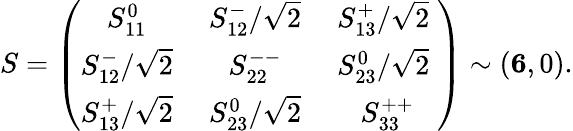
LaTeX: S=\left(\begin{array}{ccc}{{S_{11}^{0}\; }}&{{S_{12}^{-}/\sqrt 2\; }}&{{S_{13}^{+}/\sqrt 2\; }}\\ {{S_{12}^{-}/\sqrt 2\; }}&{{S_{22}^{--}\; }}&{{S_{23}^{0}/\sqrt 2\; }}\\ {{S_{13}^{+}/\sqrt 2\; }}&{{S_{23}^{0}/\sqrt 2\; }}&{{S_{33}^{++}}}\end{array}\right)\sim({\mathbf 6},0).